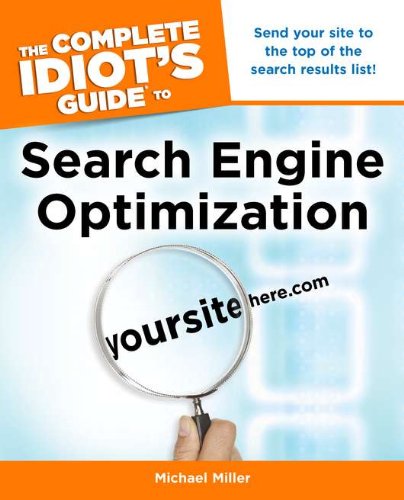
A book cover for The Complete Idiot's Guide to Search Engine Optimization; Michael Miller; Computers & Technology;